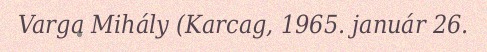
Varga Mihály (Karcag, 1965. január 26.